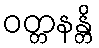
ဝတ္တနန္တိ